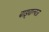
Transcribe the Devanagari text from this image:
बाइवाल्वज